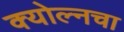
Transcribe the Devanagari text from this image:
क्योल्नचा